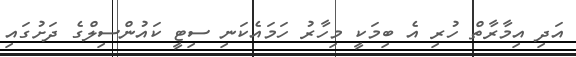
އަދި އިމާރާތް ހުރި އެ ބިމަކީ މިހާރު ހަމައެކަނި ސިޓީ ކައުންސިލްގެ ދަށުގައި